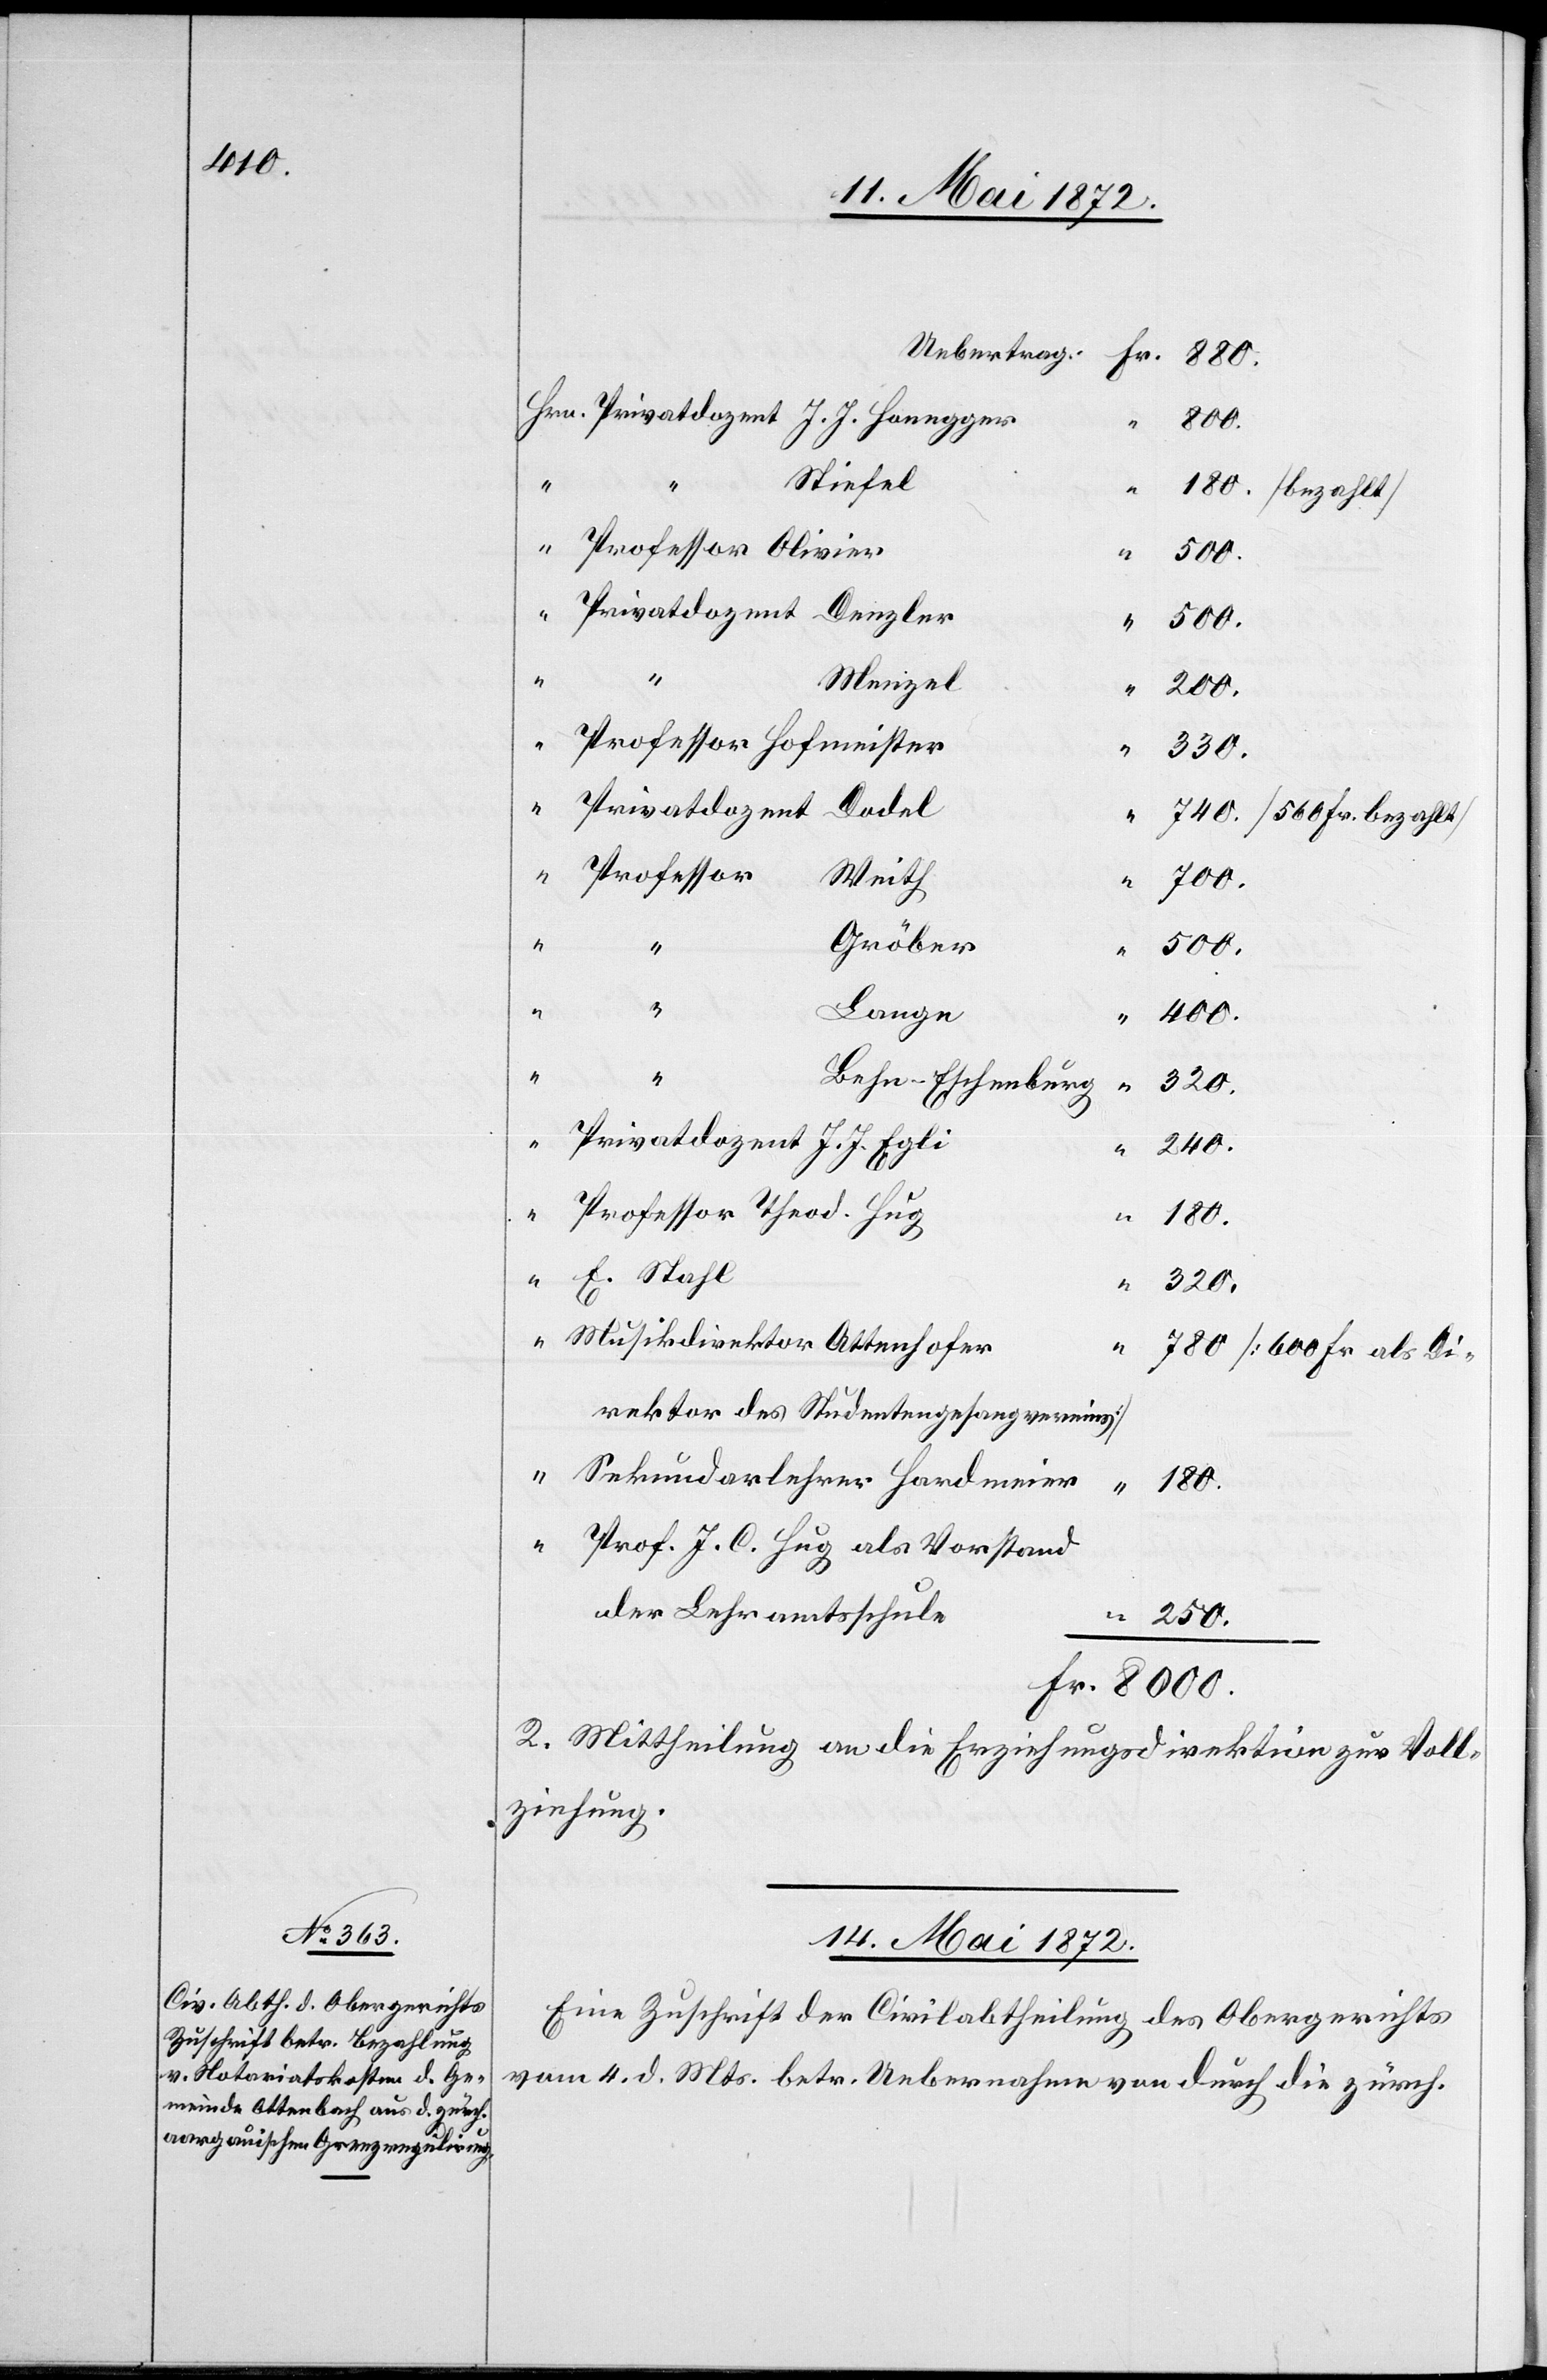
8000.
Stiefel
180. [bezahlt]
“
Menzel
“
250.
330.
Dodel
Privatdozent
740. [560 Fr. bezahlt]
Professor
Weith
700.
“
Gröber
500.
“
“
Lange
400.
Behn-Eschenburg
320.
J.
240.
180.
E. Stahl.
“
320.
780. [600 Fr. als Di¬
rektor des Studentengesangvereins]
180.
“
J. C. Hug als Vorstand
der Lehramtsschule
2. Mittheilung an die Erziehungsdirektion zur Voll¬
ziehung.
14. Mai 1872.
Eine Zuschrift der Civilabtheilung des Obergerichtes
vom 4. d. Mts. betr. Uebernahme von durch die zürch.